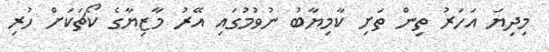
މިދިޔަ އަހަރު ތިން ތަށި ކާމިޔާބު ނުވުމުގައި އޭރު މާޒިޔާގެ ކޯޗަކަށް ހުރި